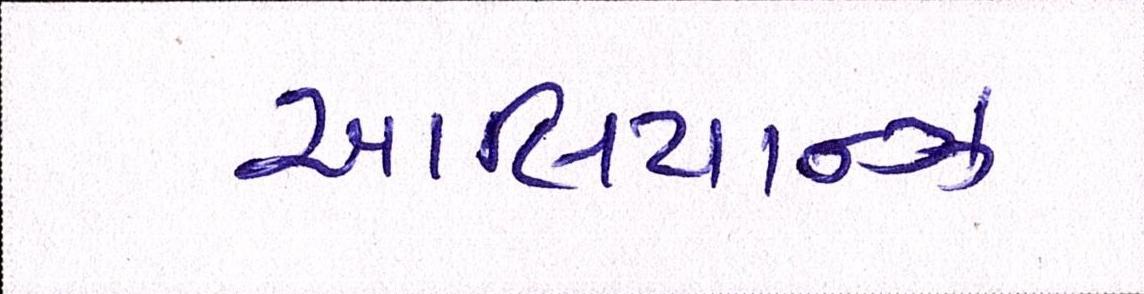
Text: આલિયાન્ઝ